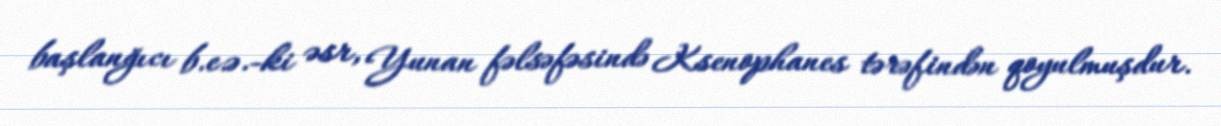
başlanğıcı b.e.ə.-ki əsr, Yunan fəlsəfəsində Ksenophanes tərəfindən qoyulmuşdur.